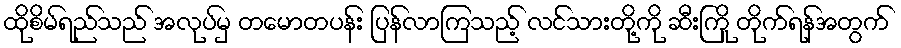
ထိုစိမ်ရည်သည် အလုပ်မှ တမောတပန်း ပြန်လာကြသည့် လင်သားတို့ကို ဆီးကြို တိုက်ရန်အတွက်